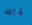
ذلك